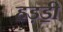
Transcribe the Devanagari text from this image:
हड़ॾी